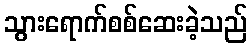
သွားရောက်စစ်ဆေးခဲ့သည်